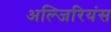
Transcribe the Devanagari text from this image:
अल्जिरियंस